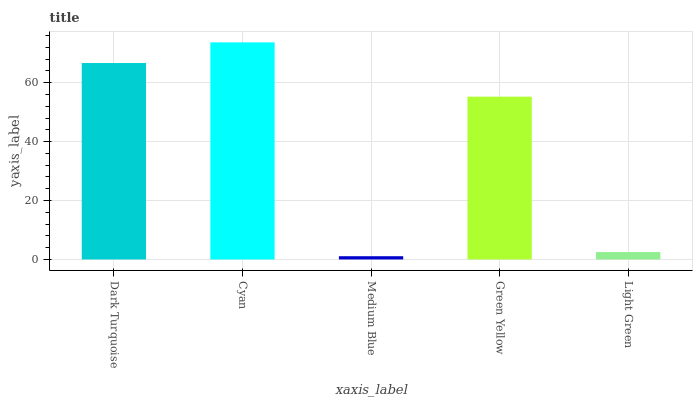
| xaxis_label | bars |
 | --- | --- |
 | Dark Turquoise | 66.7 |
 | Cyan | 73.7 |
 | Medium Blue | 1.1 |
 | Green Yellow | 55.2 |
 | Light Green | 2.51 |